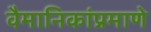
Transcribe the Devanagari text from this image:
वैमानिकांप्रमाणे